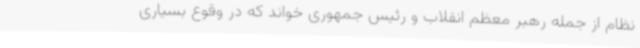
نظام از جمله رهبر معظم انقلاب و رئیس جمهوری خواند که در وقوع بسیاری